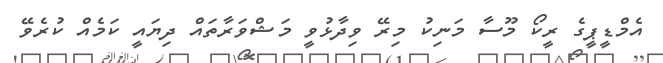
އެމްޑީޕީގެ ރީކޯ މޫސާ މަނިކު މިރޭ ވިދާޅުވީ މަޝްވަރާތައް ދިޔައީ ކަމެއް ކުރެވޭ